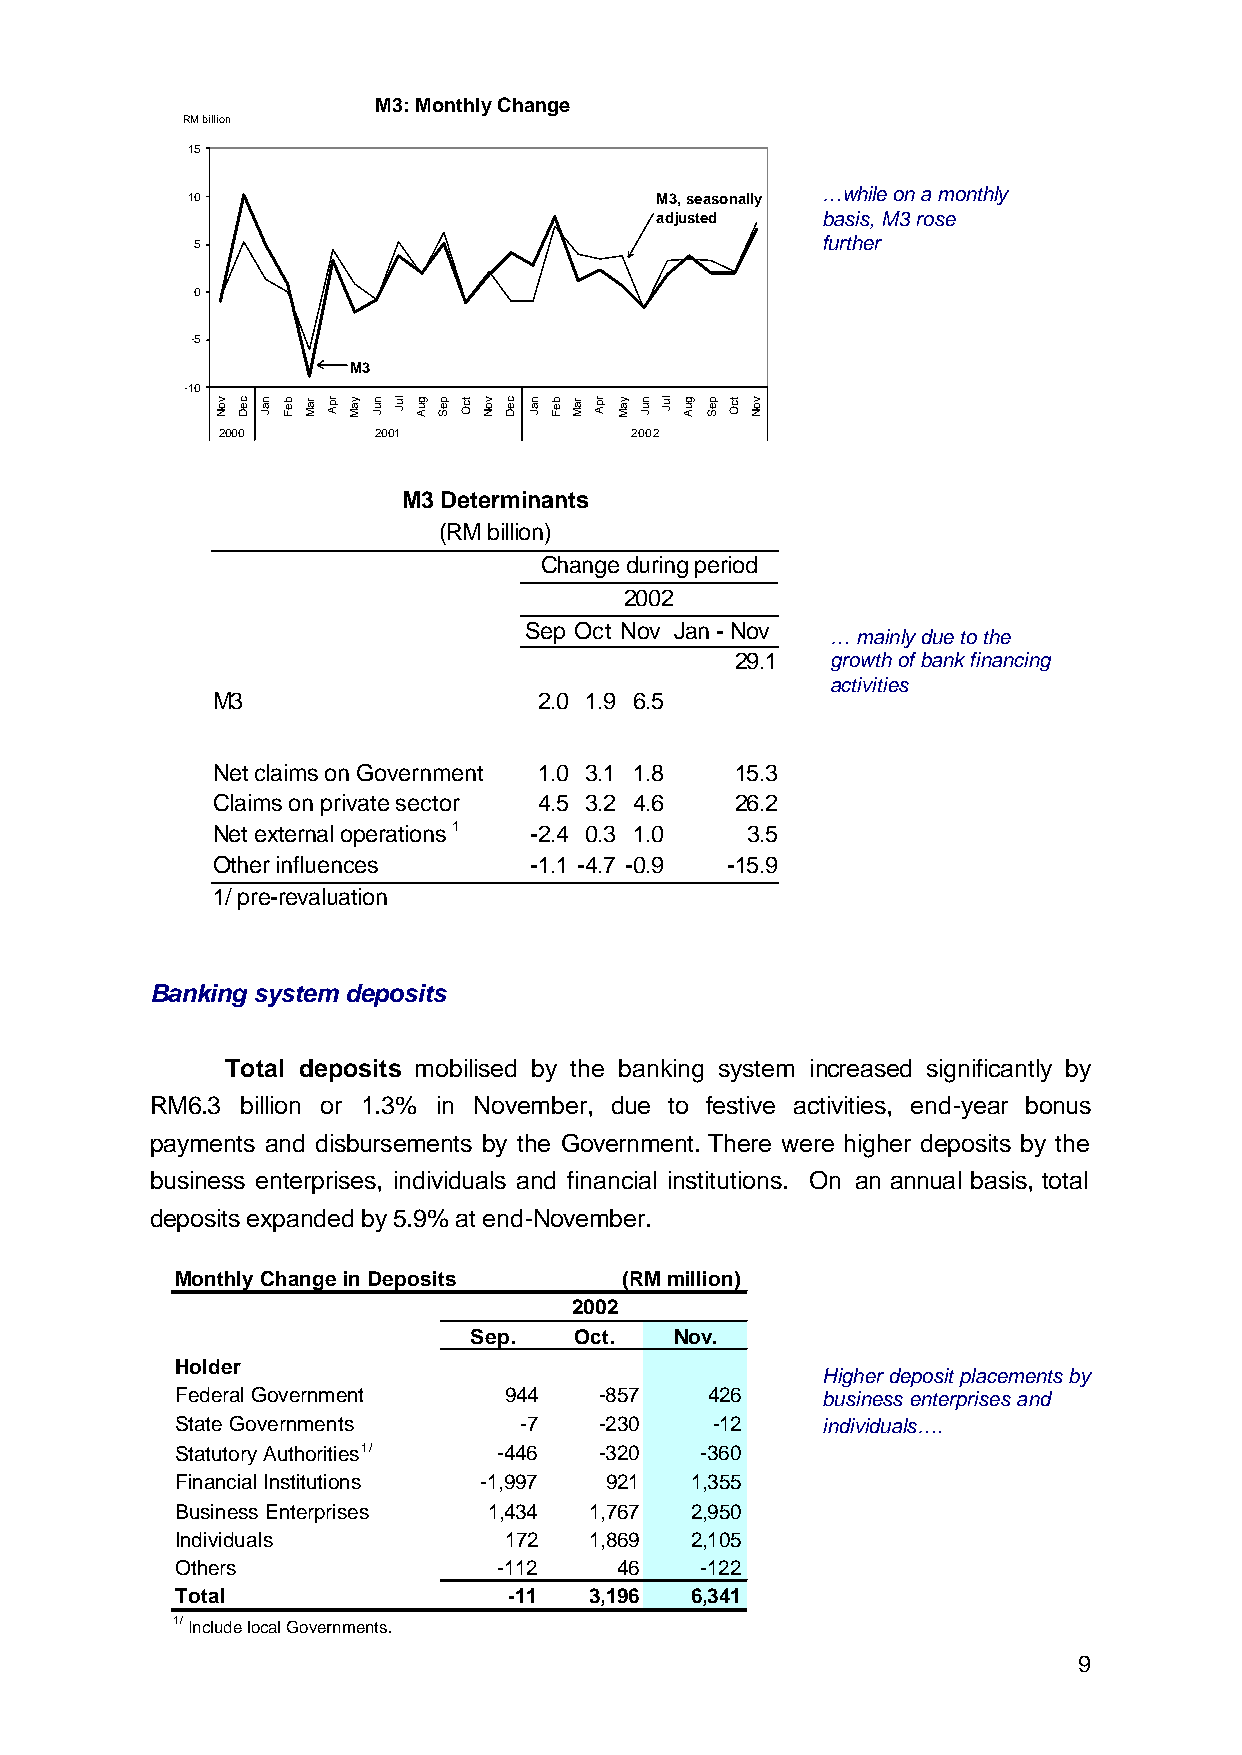
M3: Monthly Change
 RM billio n
 15
 10                             M3, seasonally
 …while on a monthly
 adjusted   basis, M3 rose
 5                                        further
 0
 -5
 M3
 -10
 2000       2001             2002
 M3 Determinants
 (RM billion)
 Change during period
 2002
 Sep Oct Nov Jan - Nov
 … mainly due to the
 29.1  growth of bank financing
 activities
 M3                    2.0 1.9 6.5
 Net claims on Government 1.0 3.1 1.8 15.3
 Claims on private sector 4.5 3.2 4.6 26.2
 Net external operations 1 -2.4 0.3 1.0 3.5
 Other influences     -1.1 - 4.7 - 0.9 -15.9
 1/ pre-revaluation
 Banking system deposits
 Total deposits mobilised by the banking system increased significantly by
 RM6.3 billion or 1.3% in November, due to festive activities, end-year bonus
 payments and disbursements by the Government. There were higher deposits by the
 business enterprises, individuals and financial institutions. On an annual basis, total
 deposits expanded by 5.9% at end-November.
 Monthly Change in Deposits   (RM million)
 2002
 Sep.   Oct.   Nov.
 Holder
 Higher deposit placements by
 Federal Government   944    -857   426    business enterprises and
 State Governments     -7    -230   -12    individuals….
 Statutory Authorities1/ -446 -320 -360
 Financial Institutions -1,997 921 1,355
 Business Enterprises 1,434 1,767  2,950
 Individuals          172   1,869  2,105
 Others               -112    46   -122
 Total                 -11  3,196  6,341
 1/ Include local Governments.
 9
 voN ceD naJ beF raM rpA yaM nuJ luJ guA peS tcO voN ceD naJ beF raM rpA yaM nuJ luJ guA peS tcO voN